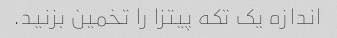
اندازه یک تکه پیتزا را تخمین بزنید.